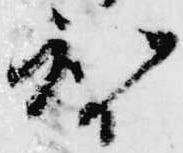
智